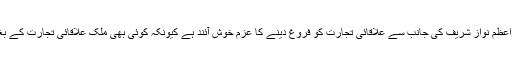
انہوں نے کہا کہ وزیراعظم نواز شریف کی جانب سے علاقائی تجارت کو فروغ دینے کا عزم خوش آئند ہے کیونکہ کوئی بھی ملک علاقائی تجارت کے بغیر ترقی نہیں کرسکتا۔